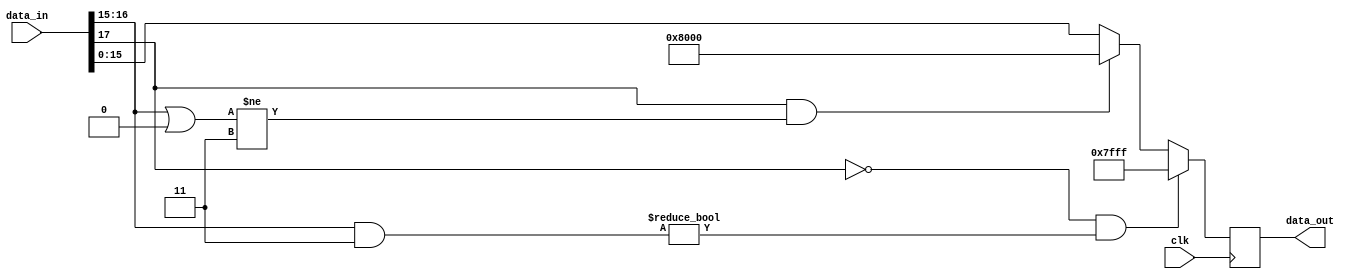
module cal_sat_int18_int16
(
	input clk,
	input [17:0] data_in,
	output reg [15:0] data_out
);
	/*
    reg [17:0] data_in_d;
    always@(posedge clk) begin
        data_in_d<=data_in;
    end
	*/
	wire [17:0] data_in_d;
	assign data_in_d=data_in;
	always@(posedge clk) begin
		if(data_in_d[17]==1'b0&&((data_in_d[16:15]&2'b11)!=2'b00)) begin
			data_out<=16'b0111111111111111;
		end else begin
			if(data_in_d[17]==1'b1&&((data_in_d[16:15]|2'b00)!=2'b11)) begin
				data_out<=16'b1000000000000000;
			end else begin
				data_out<=data_in_d[15:0];
			end
		end
	end
endmodule